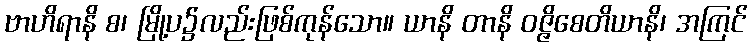
ဗာဟိရာနိ စ၊ မြို့ပ၌လည်းဖြစ်ကုန်သော။ ယာနိ တာနိ ဝဇ္ဇိစေတိယာနိ၊ အကြင်